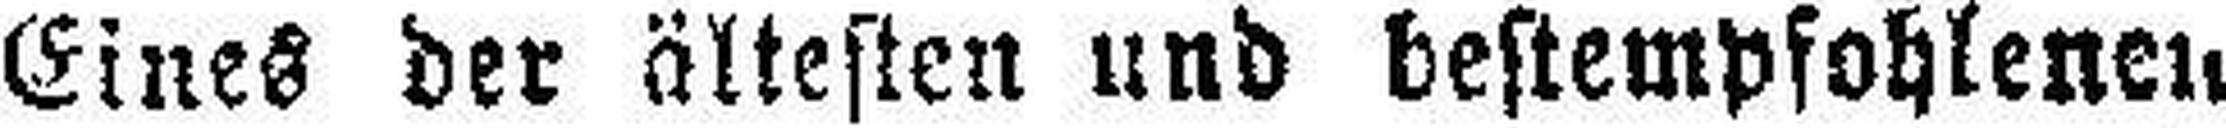
Eines der ältesten und bestempfohlenen